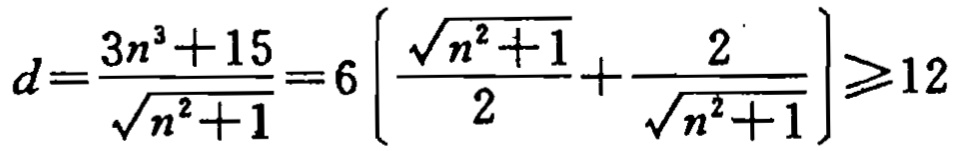
\[

d=\frac{3n^{3}+15}{\sqrt{n^{2}+1}} = 6\left[\frac{\sqrt{n^{2}+1}}{2}+\frac{2}{\sqrt{n^{2}+1}}\right]\geqslant12

\]